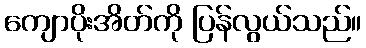
ကျောပိုးအိတ်ကို ပြန်လွယ်သည်။